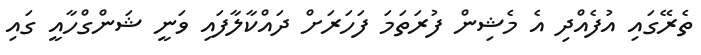
ތެރޭގައި އުފެއްދި އެ މެޝިން ފުރަތަމަ ފަހަރަށް ދައްކާލާފައި ވަނީ ޝަންގްހާއީ ގައި